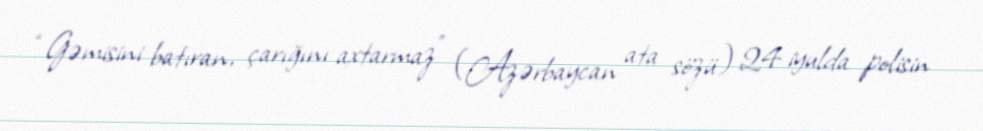
“Gəmisini batıran, çarığını axtarmaz” (Azərbaycan ata sözü) 24 iyulda polisin